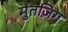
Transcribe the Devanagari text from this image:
मुतज़िग